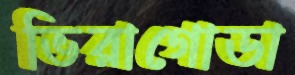
ভিরাগোডা